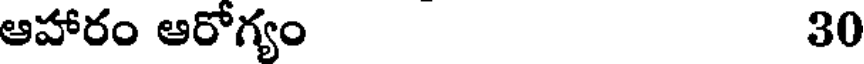
ఆహారం ఆరోగ్యం 30